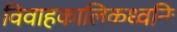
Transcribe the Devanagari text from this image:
विवाहकालिकध्वनिः